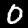
Label: 0